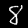
Digit: 8